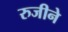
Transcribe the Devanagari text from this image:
रुजीने